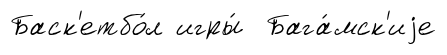
Баск'етбо́л игры́ Бага́мск'иjе